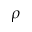
\rho